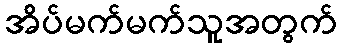
အိပ်မက်မက်သူအတွက်